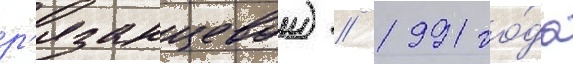
р'язанцевои) // 1991 го́да